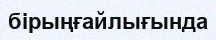
бірыңғайлығында